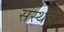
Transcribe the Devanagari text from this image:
संस्थेचं